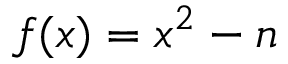
f ( x ) = x ^ { 2 } - n